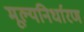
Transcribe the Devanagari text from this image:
मूल्‍यनिर्धारण